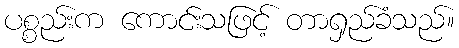
ပစ္စည်းက ကောင်းသဖြင့် တာရှည်ခံသည်။